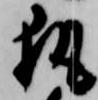
執